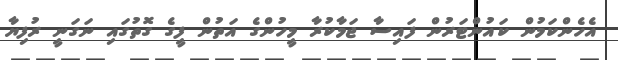
އެހެންކަމުން ކައުންޓަރުން ފައިސާ ޖަމާކުރާ މީހުންގެ އަތުން ފީގެ ގޮތުގައި ނަގަނީ ރުފިޔާ